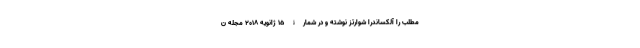
مطلب را آلکساندرا شوارتز نوشته و در شمارۀ ۱۵ ژانویهٔ ۲۰۱۸ مجلهٔ ن